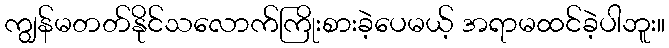
ကျွန်မတတ်နိုင်သလောက်ကြိုးစားခဲ့ပေမယ့် အရာမထင်ခဲ့ပါဘူး။